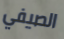
الصيفي